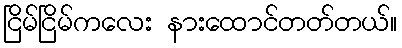
ငြိမ်ငြိမ်ကလေး နားထောင်တတ်တယ်။